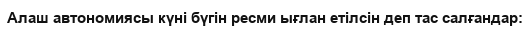
Алаш автономиясы күні бүгін ресми ығлан етілсін деп тас салғандар: